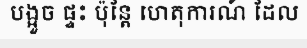
បង្អួច ផ្ទះ ប៉ុន្តែ ហេតុការណ៍ ដែល